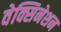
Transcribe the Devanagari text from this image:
वेक्सिनेशन